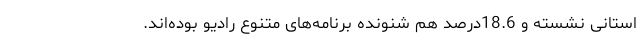
استانی نشسته و 18.6درصد هم شنونده برنامه‌های متنوع رادیو بوده‌اند.